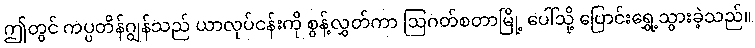
ဤတွင် ကပ္ပတိန်ဂျွန်သည် ယာလုပ်ငန်းကို စွန့်လွှတ်ကာ ဩဂတ်စတာမြို့ ပေါ်သို့ ပြောင်းရွှေ့သွားခဲ့သည်။